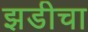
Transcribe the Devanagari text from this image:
झडीचा